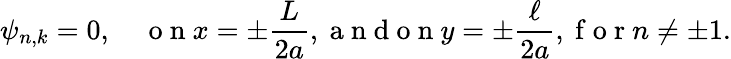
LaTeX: \psi_{n,k}=0,\quad\mathrm{~o~n~}x=\pm\frac{L}{2a},\mathrm{~a~n~d~o~n~}y=\pm\frac{\ell}{2a},\mathrm{~f~o~r~}n\neq\pm 1.